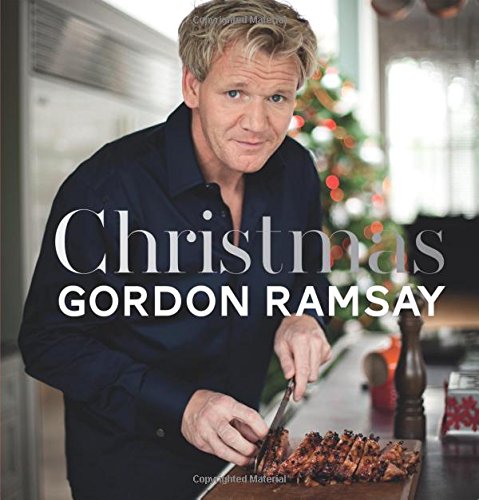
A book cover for Christmas with Gordon; Gordon Ramsay; Cookbooks, Food & Wine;